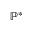
\mathbb { P ^ { * } }